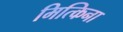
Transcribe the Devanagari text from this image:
मित्किना